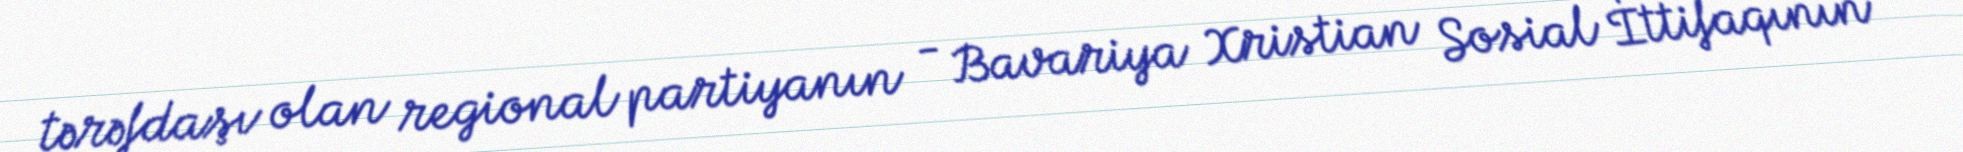
tərəfdaşı olan regional partiyanın - Bavariya Xristian Sosial İttifaqının